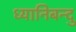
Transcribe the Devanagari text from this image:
ध्यानिबन्दु